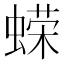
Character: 蝾